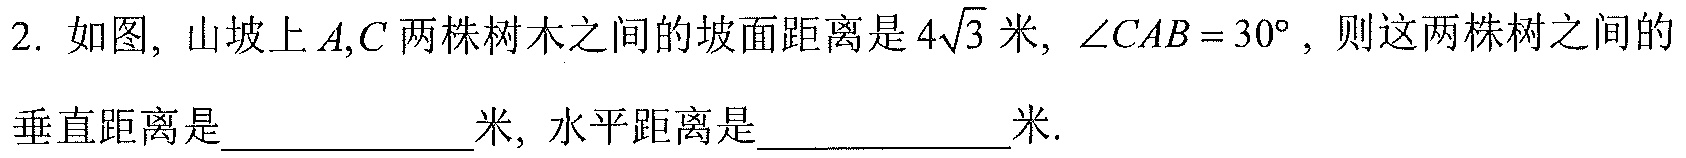
2. 如图, 山坡上\(A,C\)两株树木之间的坡面距离是\(4\sqrt{3}\)米, \(\angle CAB = 30^{\circ}\), 则这两株树之间的垂直距离是____________米, 水平距离是____________米.